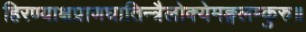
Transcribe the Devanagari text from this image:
हिरण्याक्षप्राणघातिन्त्रैलोक्येमङ्गलम्कुरु॥